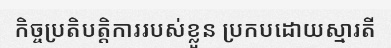
កិច្ចប្រតិបត្តិការរបស់ខ្លួន ប្រកបដោយស្មារតី